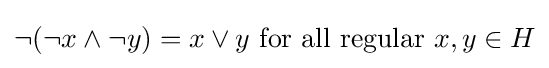
\lnot (\lnot x\wedge \lnot y)=x\vee y{\mbox{ for all regular }}x,y\in H